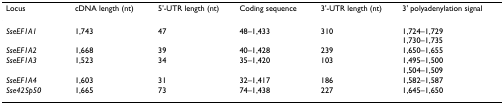
| Locus | cDNA length (nt) | 5'-UTR length (nt) | Coding sequence | 3'-UTR length (nt) | 3' polyadenylation signal |
 | --- | --- | --- | --- | --- | --- |
 | SseEF1A1 | 1,743 | 47 | 48–1,433 | 310 | 1,724–1,7291,730–1,735 |
 | SseEF1A2 | 1,668 | 39 | 40–1,428 | 239 | 1,650–1,655 |
 | SseEF1A3 | 1,523 | 34 | 35–1,420 | 103 | 1,495–1,5001,504–1,509 |
 | SseEF1A4 | 1,603 | 31 | 32–1,417 | 186 | 1,582–1,587 |
 | Sse42Sp50 | 1,665 | 73 | 74–1,438 | 227 | 1,645–1,650 |